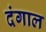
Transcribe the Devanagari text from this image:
दंगाल